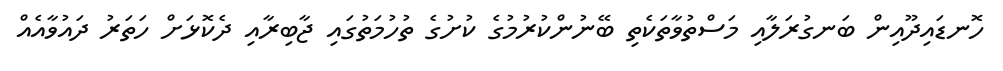
ހޮނޑައިދޫއިން ބަނގުރަލާއި މަސްތުވާތަކެތި ބޭނުންކުރުމުގެ ކުށުގެ ތުހުމަތުގައި ޖާބިރާއި ދެކޮޅަށް ހަތަރު ދައުވާއެއް